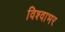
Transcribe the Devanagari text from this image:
विश्वाभर